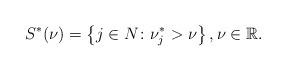
LaTeX: \begin{align*}S^*(\nu) = \left\{j \in N\colon \nu_j^* > \nu\right\}, \nu\in \mathbb{R}.\end{align*}